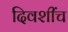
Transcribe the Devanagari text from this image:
दिवशींच